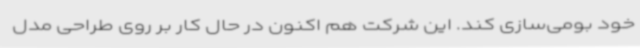
خود بومی‌سازی کند. این شرکت هم اکنون در حال کار بر روی طراحی مدل